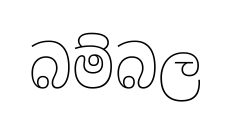
බම්බල